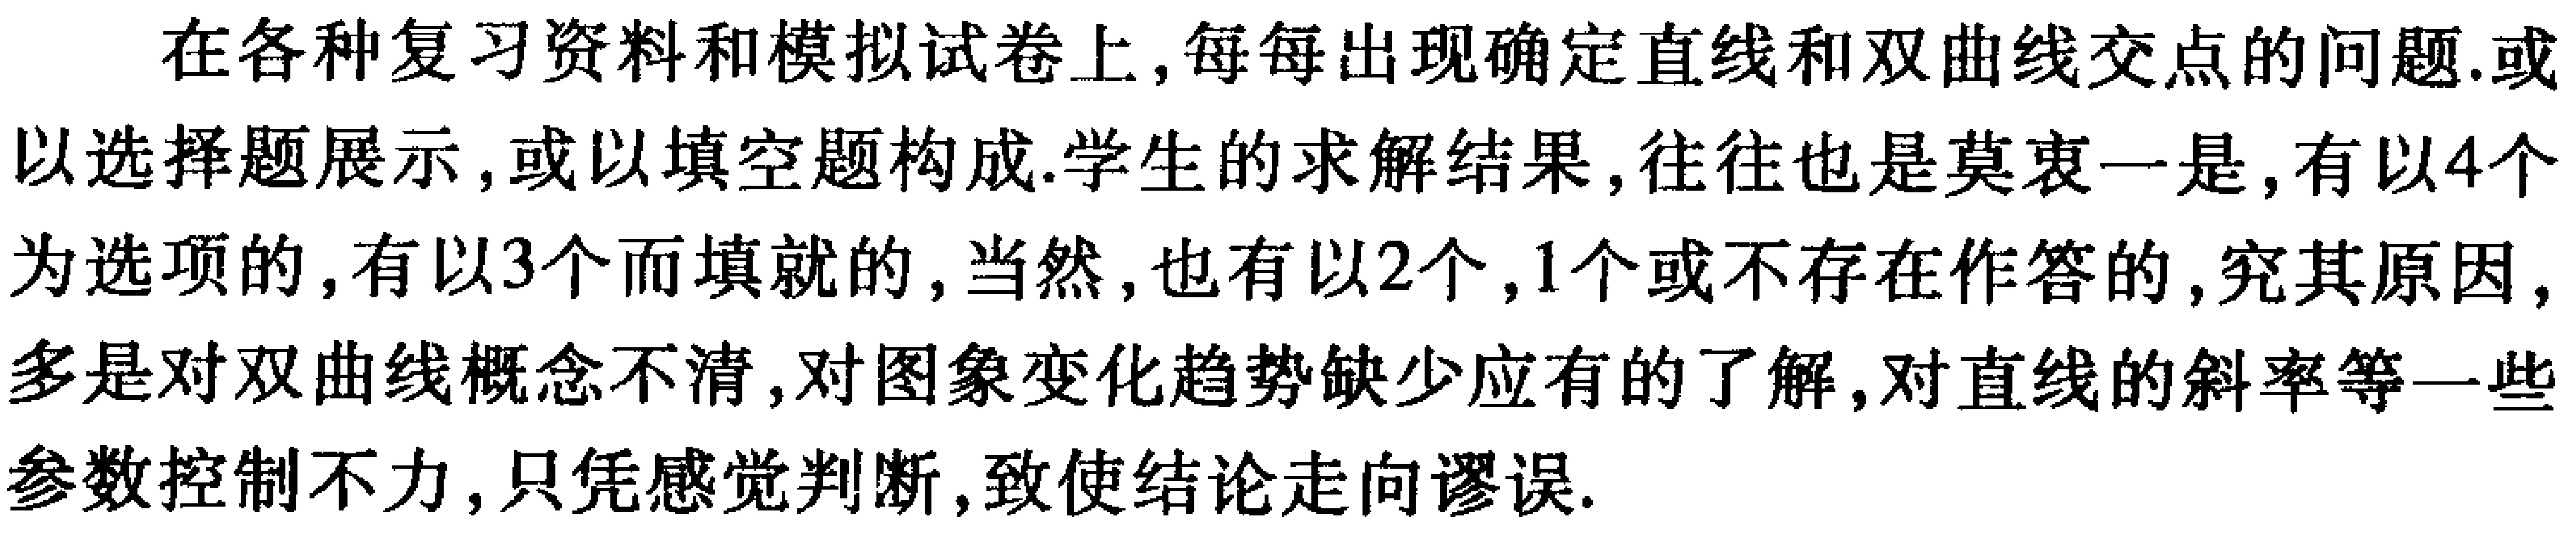
在各种复习资料和模拟试卷上,每每出现确定直线和双曲线交点的问题.或以选择题展示,或以填空题构成.学生的求解结果,往往也是莫衷一是,有以4个为选项的,有以3个而填就的,当然,也有以2个,1个或不存在作答的,究其原因,多是对双曲线概念不清,对图象变化趋势缺少应有的了解,对直线的斜率等一些参数控制不力,只凭感觉判断,致使结论走向谬误.